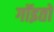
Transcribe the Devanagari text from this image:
गॉइतो